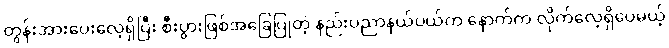
တွန်းအားပေးလေ့ရှိပြီး စီးပွားဖြစ်အခြေပြုတဲ့ နည်းပညာနယ်ပယ်က နောက်က လိုက်လေ့ရှိပေမယ့်